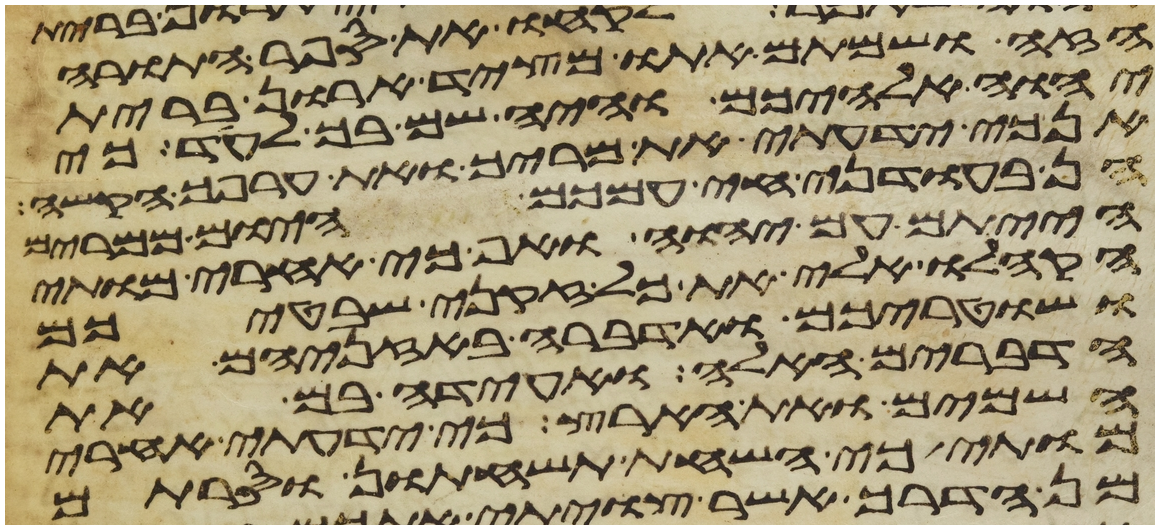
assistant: הזה ושמתם אתו מצד ארון ברית
יהוה אלהיכם והיה שם בך לעד כי
אנכי ידעתי את מריך ואת ערפך הקשה
הן בעודני חי עמכם היום ממרים
הייתם עם יהוה ואף כי אחרי מותי
הקהלו אלי את כל זקני שבטיכם
ושטריכם ואדברה באזניהם את
הדברים האלה ואעידה בם את
השמים ואת הארץ כי ידעתי אחרי
מותי כי השחת תשחתון וסרתם